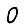
Digit: 0